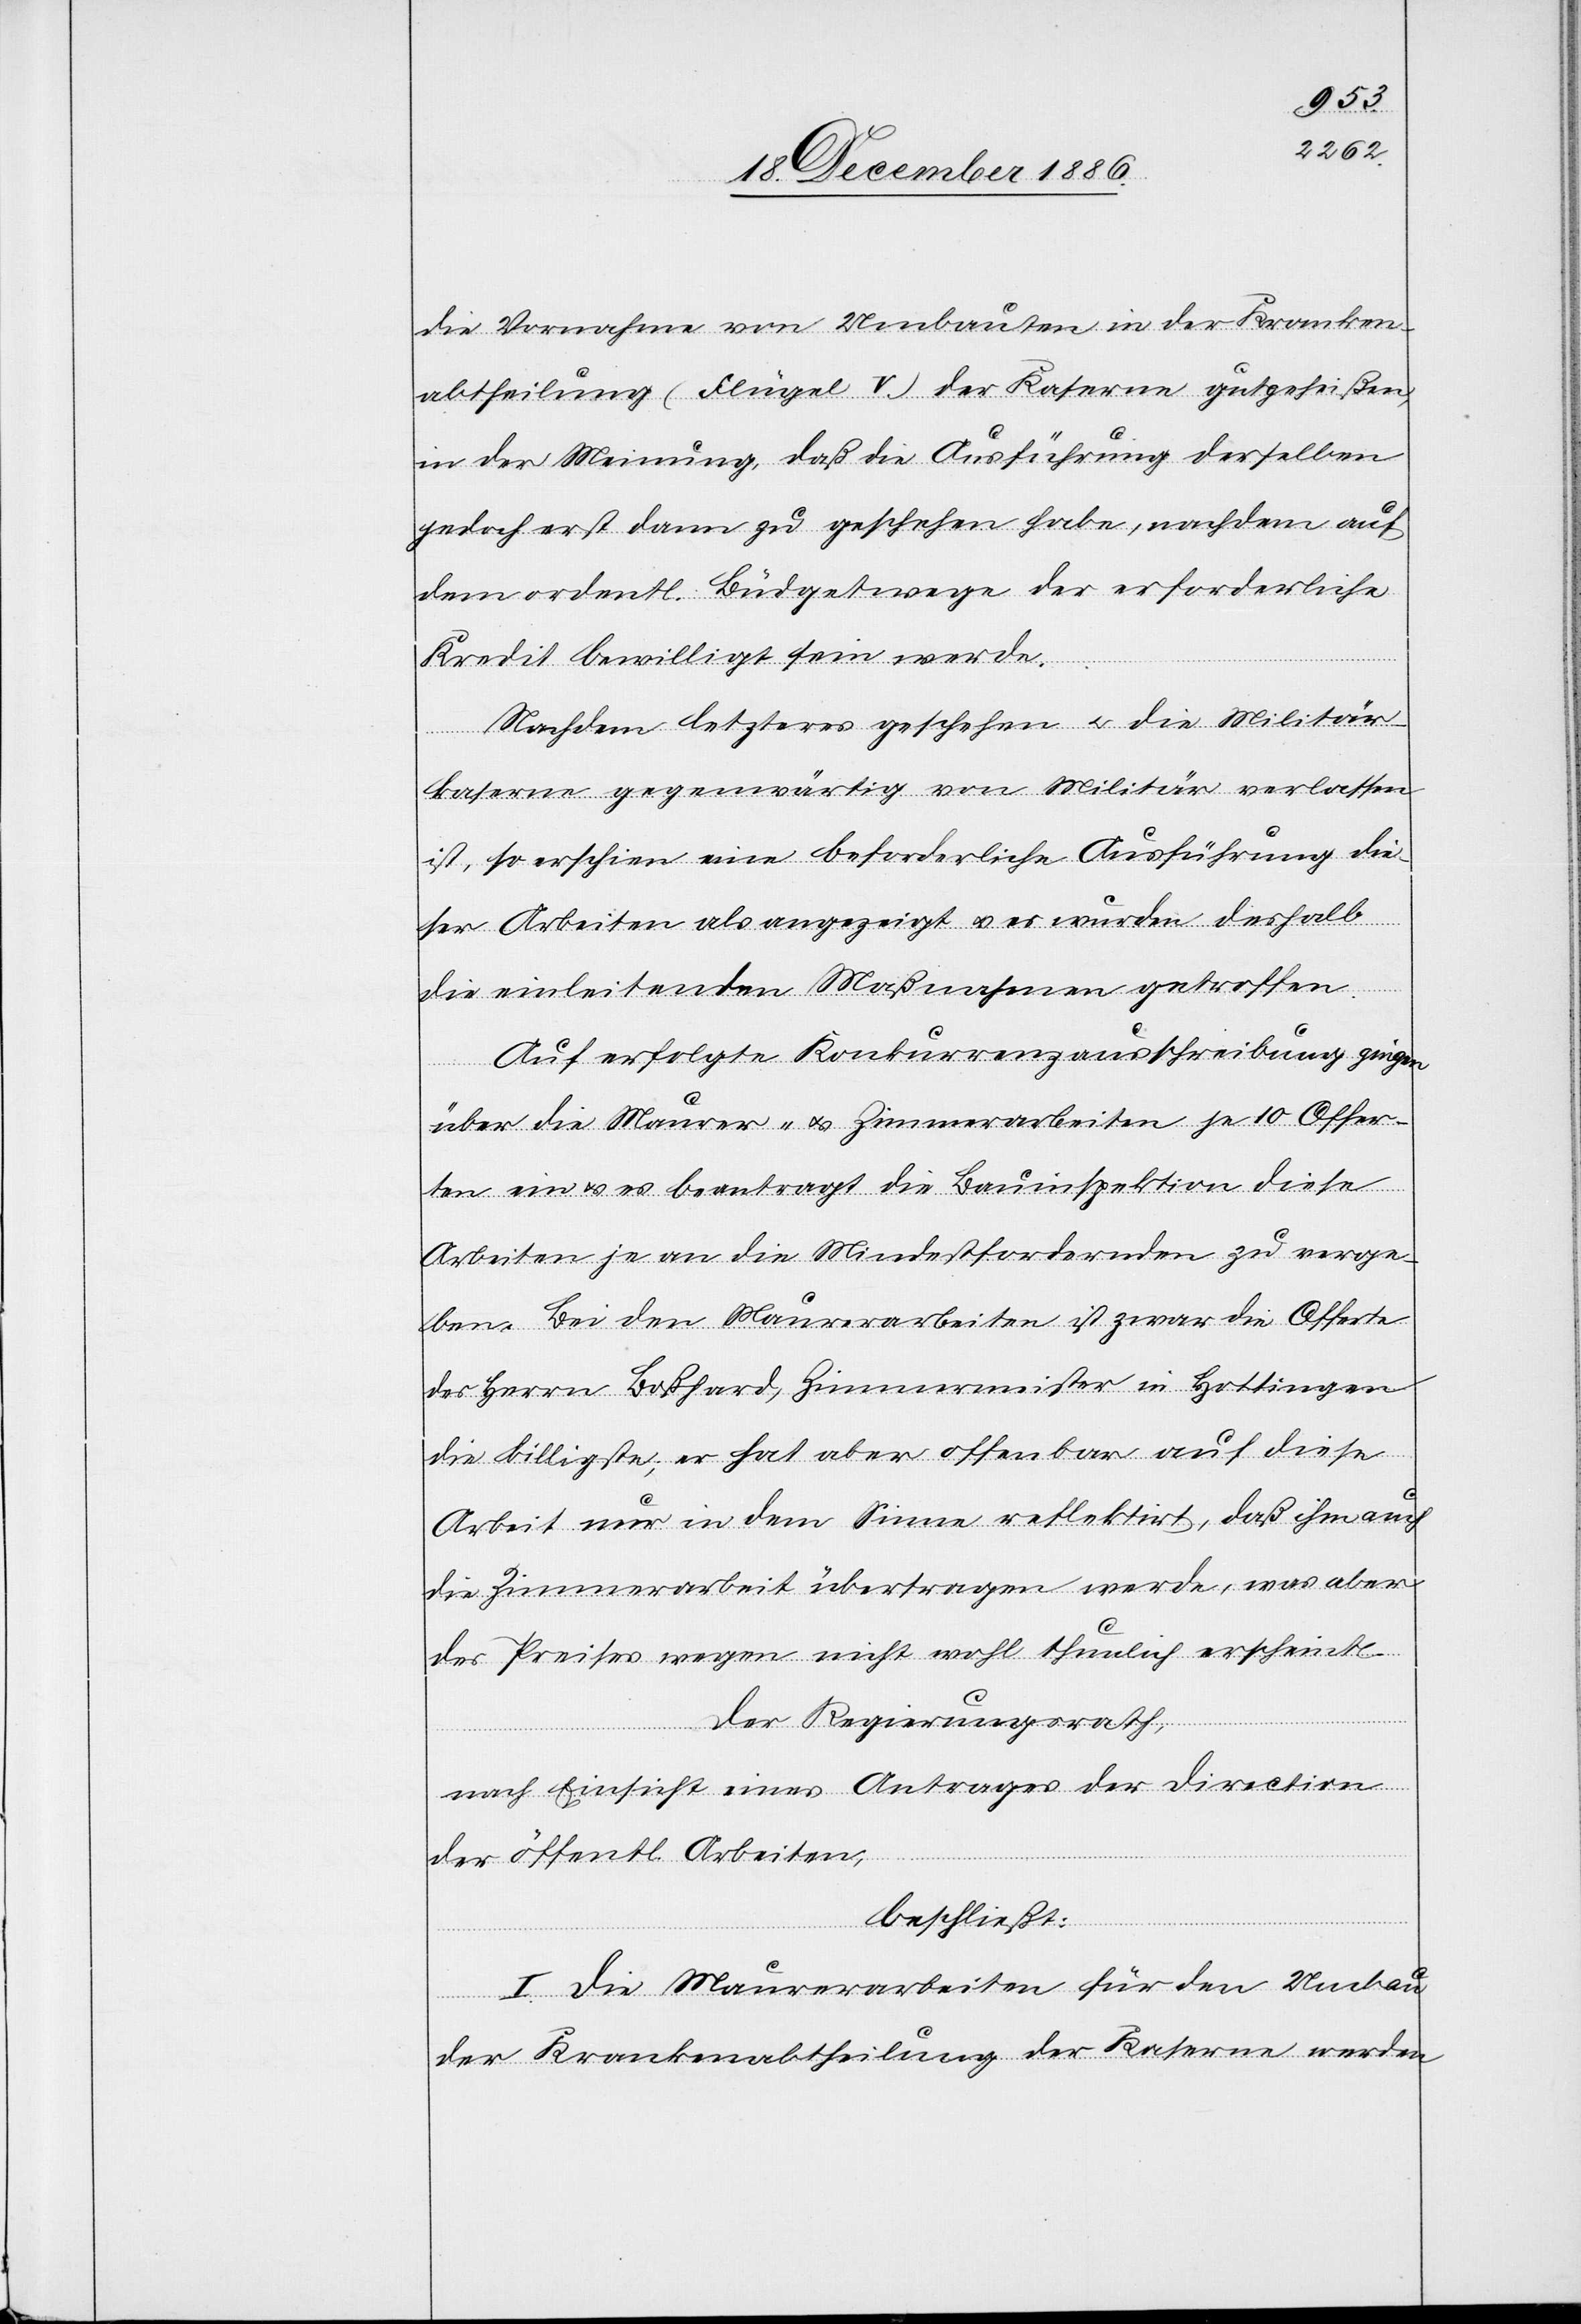
die Vornahme von Umbauten in der Kranken¬
abtheilung (Flügel V.) der Kaserne gutgeheißen,
in der Meinung, daß die Ausführung derselben
jedoch erst dann zu geschehen habe, nachdem auf
dem ordentl. Büdgetwege der erforderliche
Kredit bewilligt sein werde.
Nachdem letzteres geschehen & die Militär¬
kaserne gegenwärtig von Militär verlassen
ist, so erschien eine beforderliche [sic!] Ausführung die¬
ser Arbeiten als angezeigt & es wurden deshalb
die einleitenden Maßnahmen getroffen.
Auf erfolgte Konkurrenzausschreibung ginge¬
über die Maurer- & Zimmerarbeiten je 10 Offer¬
ten ein & es beantragt die Bauinspektion diese
Arbeiten je an die Mindestfordernden zu verge¬
ben. Bei den Maurerarbeiten ist zwar die Offerte
des Herrn Boßhard, Zimmermeister in Hottingen
die billigste, er hat aber offenbar auf diese
Arbeit nur in dem Sinne reflektirt, daß ihm auch
die Zimmerarbeit übertragen werde, was aber
des Preises wegen nicht wohl thunlich erscheint.
Der Regierungsrath,
nach Einsicht eines Antrages der Direction
der öffentl. Arbeiten,
beschließt:
n
I. Die Maurerarbeiten für den Umbau
der Krankenabtheilung der Kaserne werden